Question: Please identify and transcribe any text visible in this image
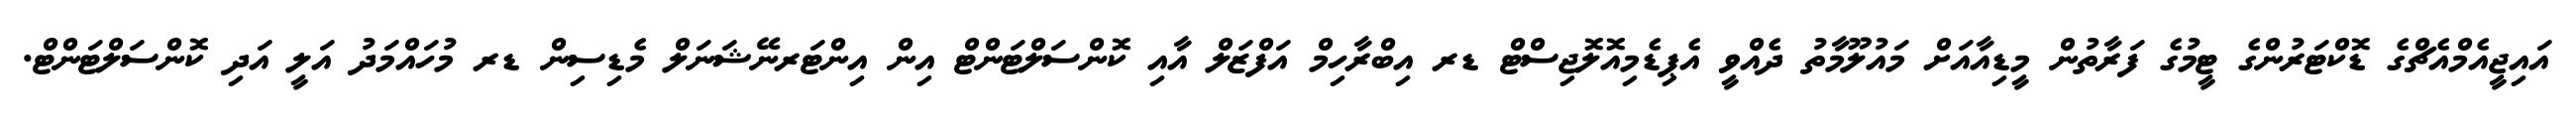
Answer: އައިޖީއެމްއެޗްގެ ޑޮކްޓަރުންގެ ޓީމުގެ ފަރާތުން މީޑިއާއަށް މައުލޫމާތު ދެއްވީ އެޕިޑެމިއޮލޮޖިސްޓް ޑރ އިބްރާހިމް އަފްޒަލް އާއި ކޮންސަލްޓަންޓް އިން އިންޓަރނޭޝަނަލް މެޑިސިން ޑރ މުހައްމަދު އަލީ އަދި ކޮންސަލްޓަންޓް.